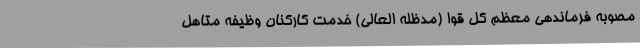
مصوبه فرماندهی معظم کل قوا (مدظله العالی) خدمت کارکنان وظیفه متاهل